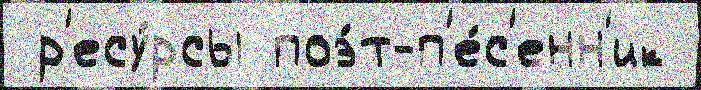
 р'есу́рсы поэ́т-п'е́с'енн'ик